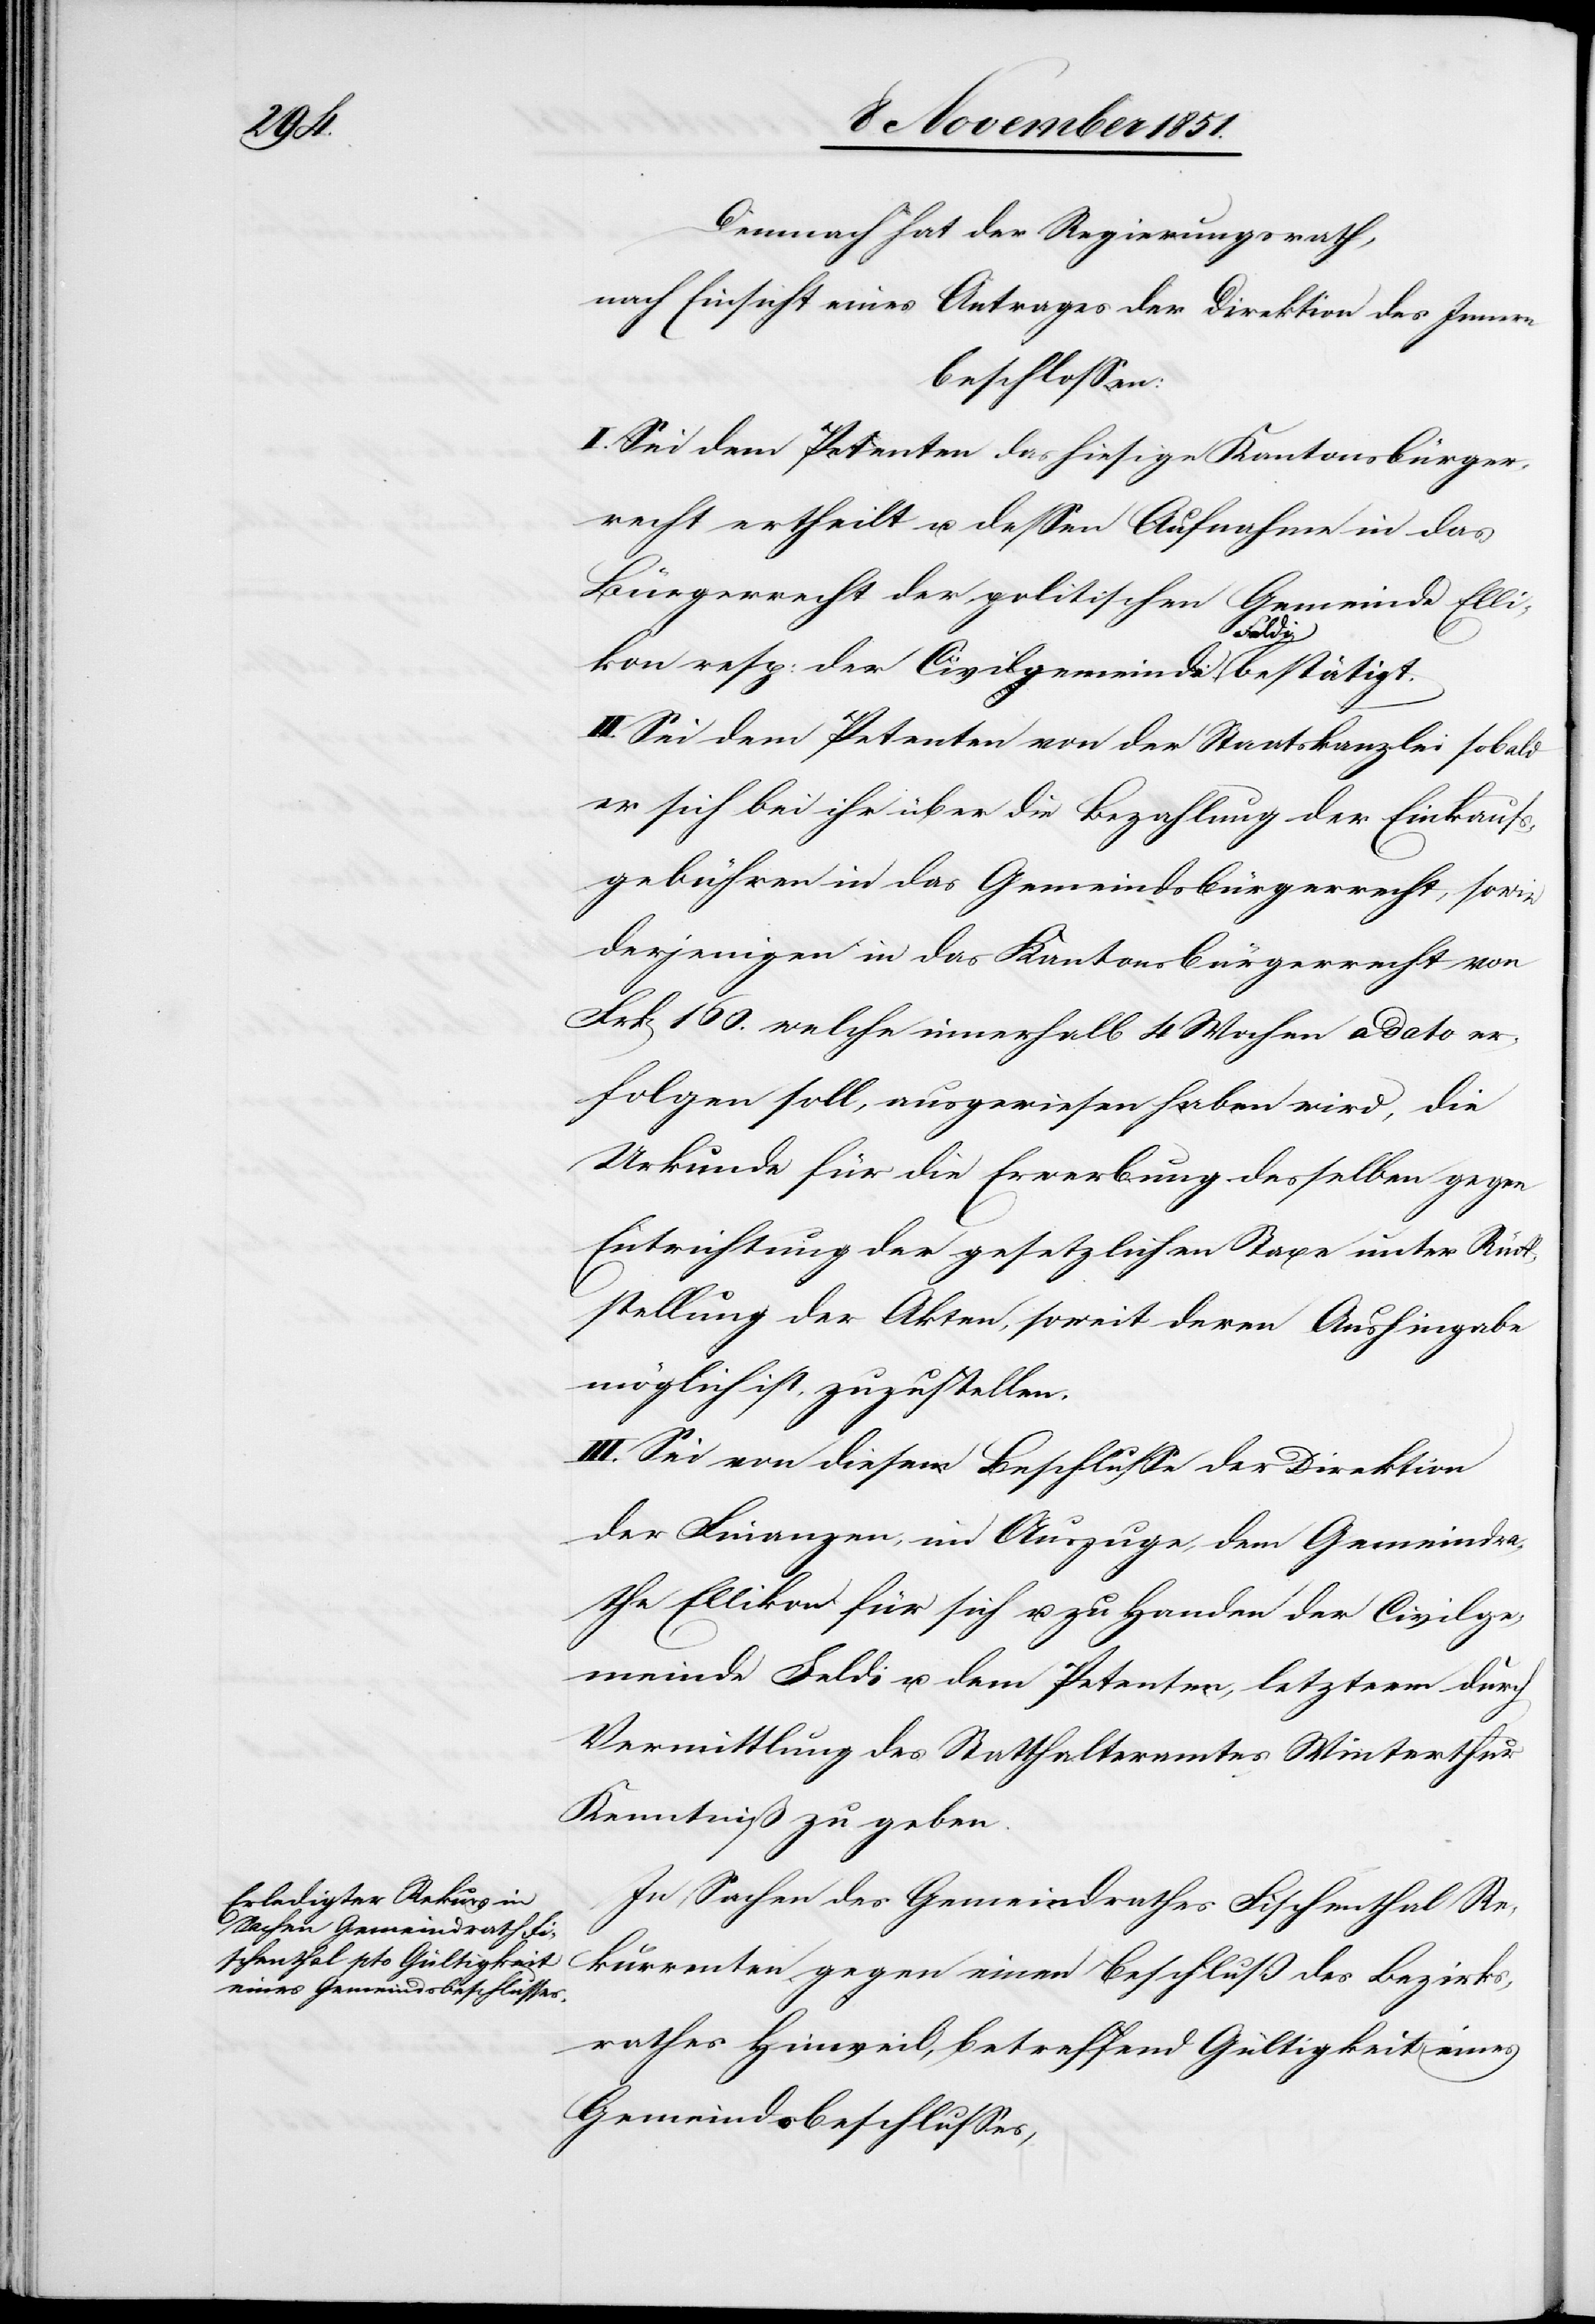
Demnach hat der Regierungsrath,
nach Einsicht eines Antrages der Direktion des Innern
beschlossen:
I. Sei dem Petenten das hiesige Kantonsbürger¬
recht ertheilt u. dessen Aufnahme in das
Bürgerrecht der politischen Gemeinde Elli¬
kon resp: der Civilgemeinde Feldi bestätigt.
II. Sei dem Petenten von der Staatskanzlei sobald
er sich bei ihr über die Bezahlung der Einkaufs¬
gebühren in das Gemeindsbürgerrecht, sowie
derjenigen in das Kantonsbürgerrecht von
Frk[en] 160. welche innerhalb 4 Wochen a dato er¬
folgen soll, ausgewiesen haben wird, die
Urkunde für die Erwerbung desselben gegen
Entrichtung der gesetzlichen Taxe unter Rück¬
stellung der Akten, soweit deren Aushingabe
möglich ist, zuzustellen.
III. Sei von diesem Beschlusse der Direktion
der Finanzen, im Auszuge, dem Gemeindra¬
the Ellikon für sich u. zu Handen der Civilge¬
meinde Feldi u. dem Petenten, letzterm durch
Vermittlung des Statthalteramtes Winterthur
Kenntniß zu geben.
In Sachen des Gemeindrathes Fischenthal Re¬
kurrenten gegen einen Beschluß des Bezirks¬
rathes Hinweil, betreffend Gültigkeit eines
Gemeindsbeschlusses,